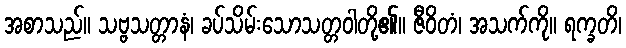
အစာသည်။ သဗ္ဗသတ္တာနံ၊ ခပ်သိမ်းသောသတ္တဝါတို့၏။ ဇီဝိတံ၊ အသက်ကို။ ရက္ခတိ၊